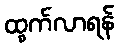
ထွက်လာရန်